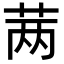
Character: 𬜯